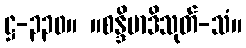
ဋ္ဌ-၃၃၀။ ။စန္ဒိမာဒိသုတ်-သံ။